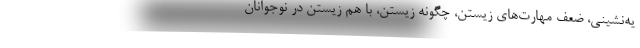
یه‌نشینی، ضعف مهارت‌های زیستن، چگونه زیستن، با هم زیستن در نوجوانان